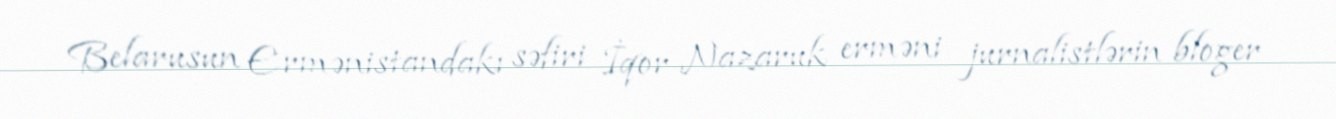
Belarusun Ermənistandakı səfiri İqor Nazaruk erməni jurnalistlərin bloger